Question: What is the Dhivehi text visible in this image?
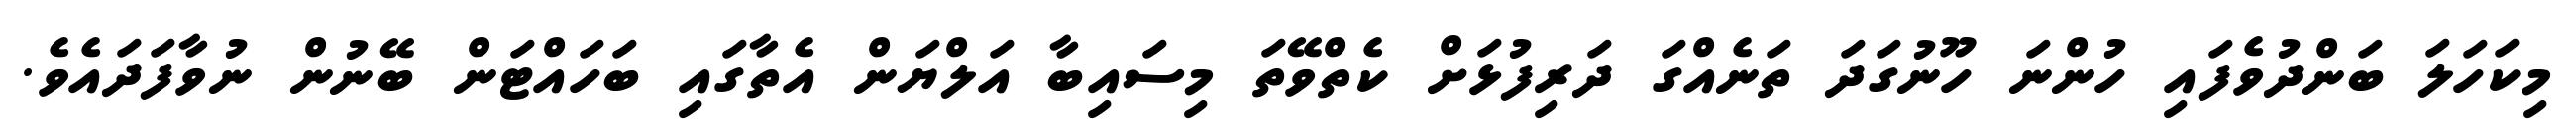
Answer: މިކަހަލަ ބަންދުވެފައި ހުންނަ ހޫނުގަދަ ތަނެއްގަ ދަރިފުޅަށް ކެތްވޭތަ މިސައިބާ އަލްޔަން އެތާގައި ބަހައްޓަން ބޭނުން ނުވާފަދައެވެ.